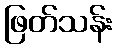
ဖြတ်သန်း